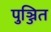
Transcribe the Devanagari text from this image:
पुञ्जित